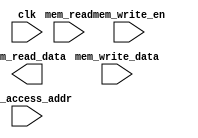
`timescale 1ns / 1ps
//////////////////////////////////////////////////////////////////////////////////
// Company: 
// Engineer: 
// 
// Design Name: 
// Module Name: data_mem
// Project Name: 
// Target Devices: 
// Tool Versions: 
// Description: 
// 
// Dependencies: 
// 
// Revision:
// Revision 0.01 - File Created
// Additional Comments:
// 
//////////////////////////////////////////////////////////////////////////////////


module data_mem(
    input clk,
    input [15:0] mem_access_addr,   //address input, shared by read and write port
    input [15:0] mem_write_data,    //write port
    input mem_write_en,             
    input mem_read,
    output [15:0] mem_read_data     //read port
    );
    
    integer i;
    reg [15:0] ram [255:0];
    wire [7:0] ram_addr = mem_access_addr[8:1];
endmodule